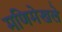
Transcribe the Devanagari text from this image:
मणिमेखले